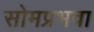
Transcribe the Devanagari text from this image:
सोमप्रभवा